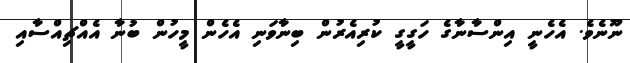
ނޫނެވެ. އެހެނީ އިންސާނާގެ ހަގީގީ ކުރިއެރުން ބިނާވަނި އެހެން މީހުން ބުނާ އެއްޗިއްސާއި